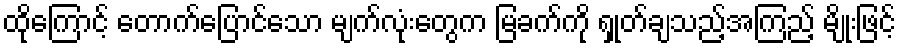
ထိုကြောင့် တောက်ပြောင်သော မျက်လုံးတွေက မြခက်ကို ရှုတ်ချသည့်အကြည့် မျိုးဖြင့်